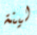
لينة